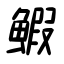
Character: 鰕